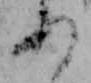
あ